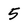
Character: 5